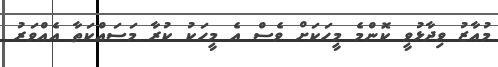
މުއާޒު ވިދާޅުވީ ކޮންމެ މީހަކަށް ވެސް އެ މީހަކު ކުރާ މަސައްކަތާ އެއްވަރު